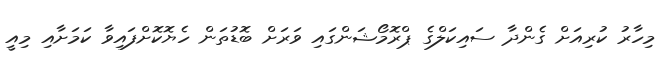
މިހާރު ކުރިއަށް ގެންދާ ސައިކަލްގެ ޕްރޮމޯޝަންގައި ވަރަށް ބޮޑުތަން ހެޔޮކޮށްފައިވާ ކަމަށާއި މިއީ